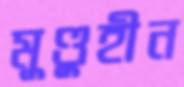
মুণ্ডুহীন